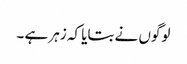
لوگوں نے بتایا کہ زہر ہے ۔